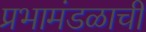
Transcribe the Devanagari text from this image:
प्रभामंडळाची